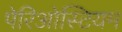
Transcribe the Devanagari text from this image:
पेरिओस्टियम